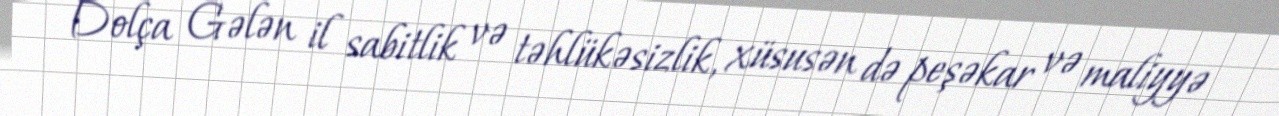
Dolça Gələn il sabitlik və təhlükəsizlik, xüsusən də peşəkar və maliyyə